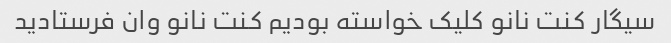
سیگار کنت نانو کلیک خواسته بودیم کنت نانو وان فرستادید